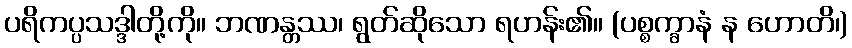
ပရိကပ္ပသဒ္ဒါတို့ကို။ ဘဏန္တဿ၊ ရွတ်ဆိုသော ရဟန်း၏။ (ပစ္စက္ခာနံ န ဟောတိ၊)